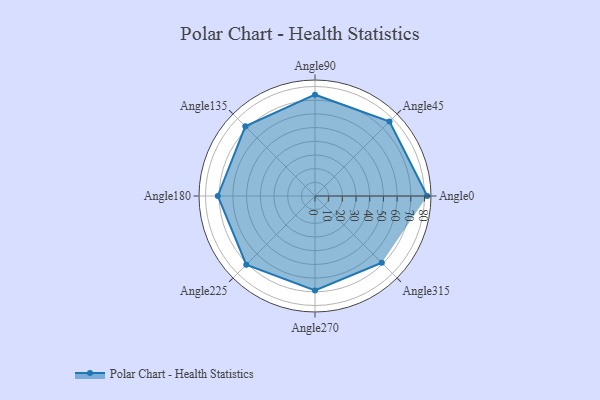
{"axis": {"x": "Angle", "y": "Radius"}, "legend": [""], "data": [{"x": "Angle0", "y": 82.0, "type": ""}, {"x": "Angle45", "y": 77.0, "type": ""}, {"x": "Angle90", "y": 74.0, "type": ""}, {"x": "Angle135", "y": 72.0, "type": ""}, {"x": "Angle180", "y": 71.0, "type": ""}, {"x": "Angle225", "y": 71.0, "type": ""}, {"x": "Angle270", "y": 69.0, "type": ""}, {"x": "Angle315", "y": 69.0, "type": ""}]}